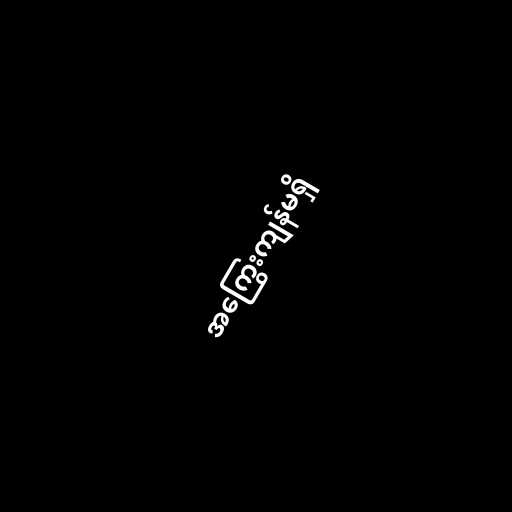
အကြွေးကျန်မရှိ